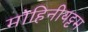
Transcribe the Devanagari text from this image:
मोहिनीयट्टम